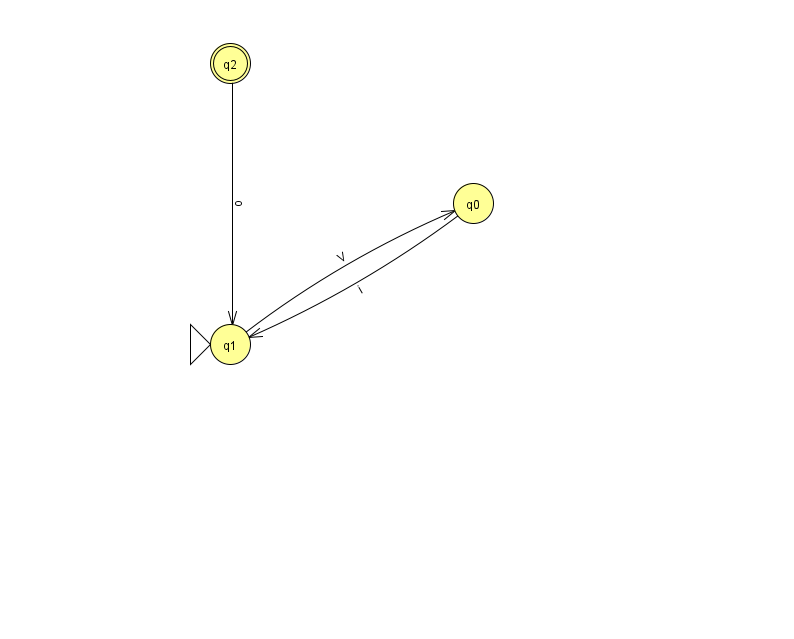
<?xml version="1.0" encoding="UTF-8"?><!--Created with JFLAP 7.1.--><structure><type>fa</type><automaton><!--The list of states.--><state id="0" name="q0"><x>473.0</x><y>190.0</y></state><state id="1" name="q1"><x>230.0</x><y>331.0</y><initial/></state><state id="2" name="q2"><x>230.0</x><y>50.0</y><final/></state><!--The list of transitions.--><transition><from>0</from><to>1</to><read>i</read></transition><transition><from>2</from><to>1</to><read>o</read></transition><transition><from>1</from><to>0</to><read>V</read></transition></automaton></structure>